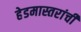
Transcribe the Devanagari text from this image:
हेडमास्तरांची